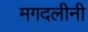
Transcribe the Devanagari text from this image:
मगदलीनी